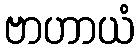
ဗာဟာယံ